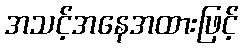
အသင့်အနေအထားဖြင့်